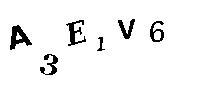
A3E1V6